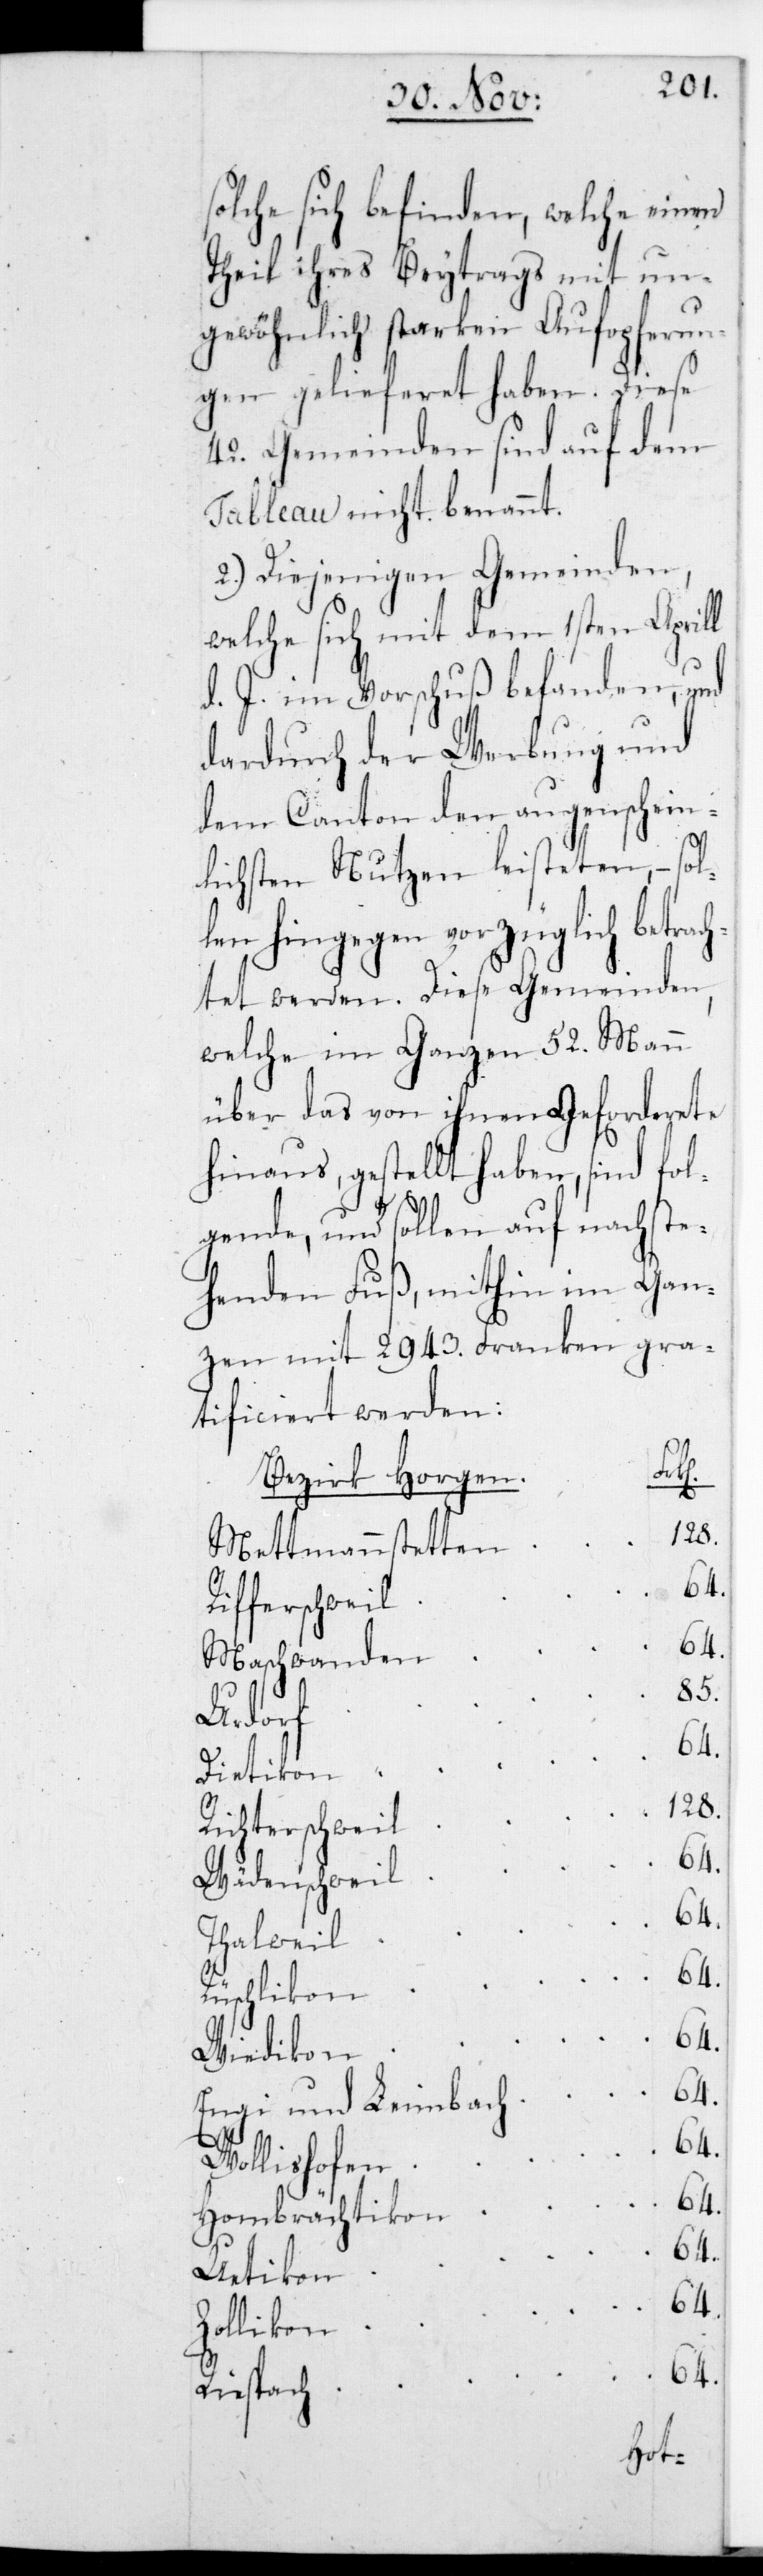
solche sich befinden, welche einen
Theil ihres Beitrags mit un¬
gewöhnlich starken Aufopferun¬
gen gelieferet haben. Diese
42. Gemeinden sind auf dem
Tableau nicht benannt.
2.) Diejenigen Gemeinden,
welche sich mit dem 1sten Aprill
d. J. im Vorschuß befanden, und
dardurch der Werbung und
dem Canton den augenschein¬
lichsten Nutzen leisteten, – sol¬
len hingegen vorzüglich betrac¬
htet werden. Diese Gemeinden,
welche im Ganzen 52. Mann
über das von ihnen Geforderete
hinaus gestellt haben, sind fol¬
gende, und sollen auf nachste¬
henden Fuß, mithin im Gan¬
zen mit 2943. Franken gra¬
tificiert werden.
Mettmannstetten
Rifferschweil
64.
Maschwanden
85.
Urdorf
Dietikon
Richterschweil
Wädenschweil
64.
Thalweil
64.
Rüschlikon
64.
Wiedikon
64.
Engi und Leimbach
64.
Wollishofen
64.
Hombrächtikon
64.
Uetikon
64.
Zollikon
64.